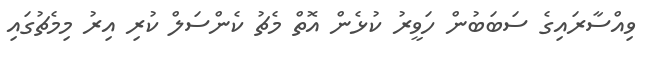
ވިއްސާރައިގެ ސަބަބުން ހަވީރު ކުޅެން އޮތް މެޗު ކެންސަލް ކުރި އިރު މިމެޗުގައި